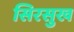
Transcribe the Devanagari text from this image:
सिरसुख